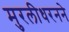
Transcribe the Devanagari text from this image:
मुरलीधरनने